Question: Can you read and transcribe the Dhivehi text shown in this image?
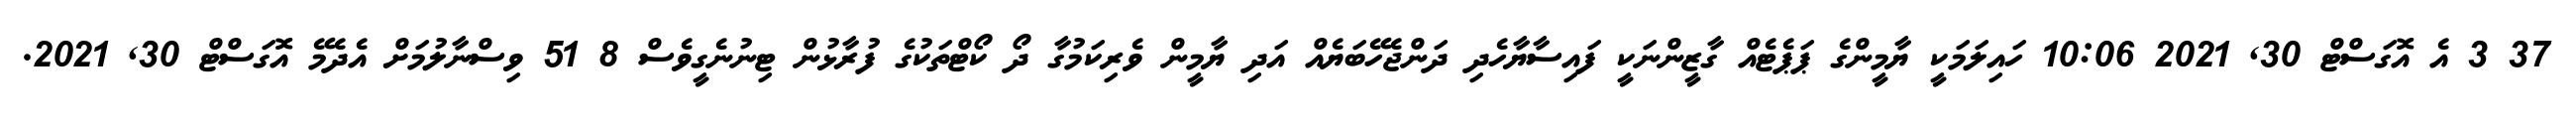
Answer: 37 3 އެ އޮގަސްޓް 30, 2021 10:06 ހައިލަމަކީ ޔާމީންގެ ޕަޕެޓެއް ގާޒީންނަކީ ފައިސާޔާހެދި ދަންޖެހޭބަޔެއް އަދި ޔާމީން ވެރިކަމުގާ ދޯ ކޯޓްތަކުގެ ފުރާޅުން ޓިނުނެގީވެސް 8 51 ވިސްނާލުމަށް އެދެމޭ އޮގަސްޓް 30, 2021.